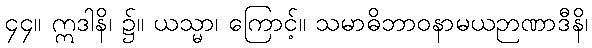
၄၄။ ဣဒါနိ၊ ၌။ ယသ္မာ၊ ကြောင့်။ သမာဓိဘာဝနာမယဉာဏာဒီနိ၊